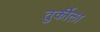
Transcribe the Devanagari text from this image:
तुर्कीला